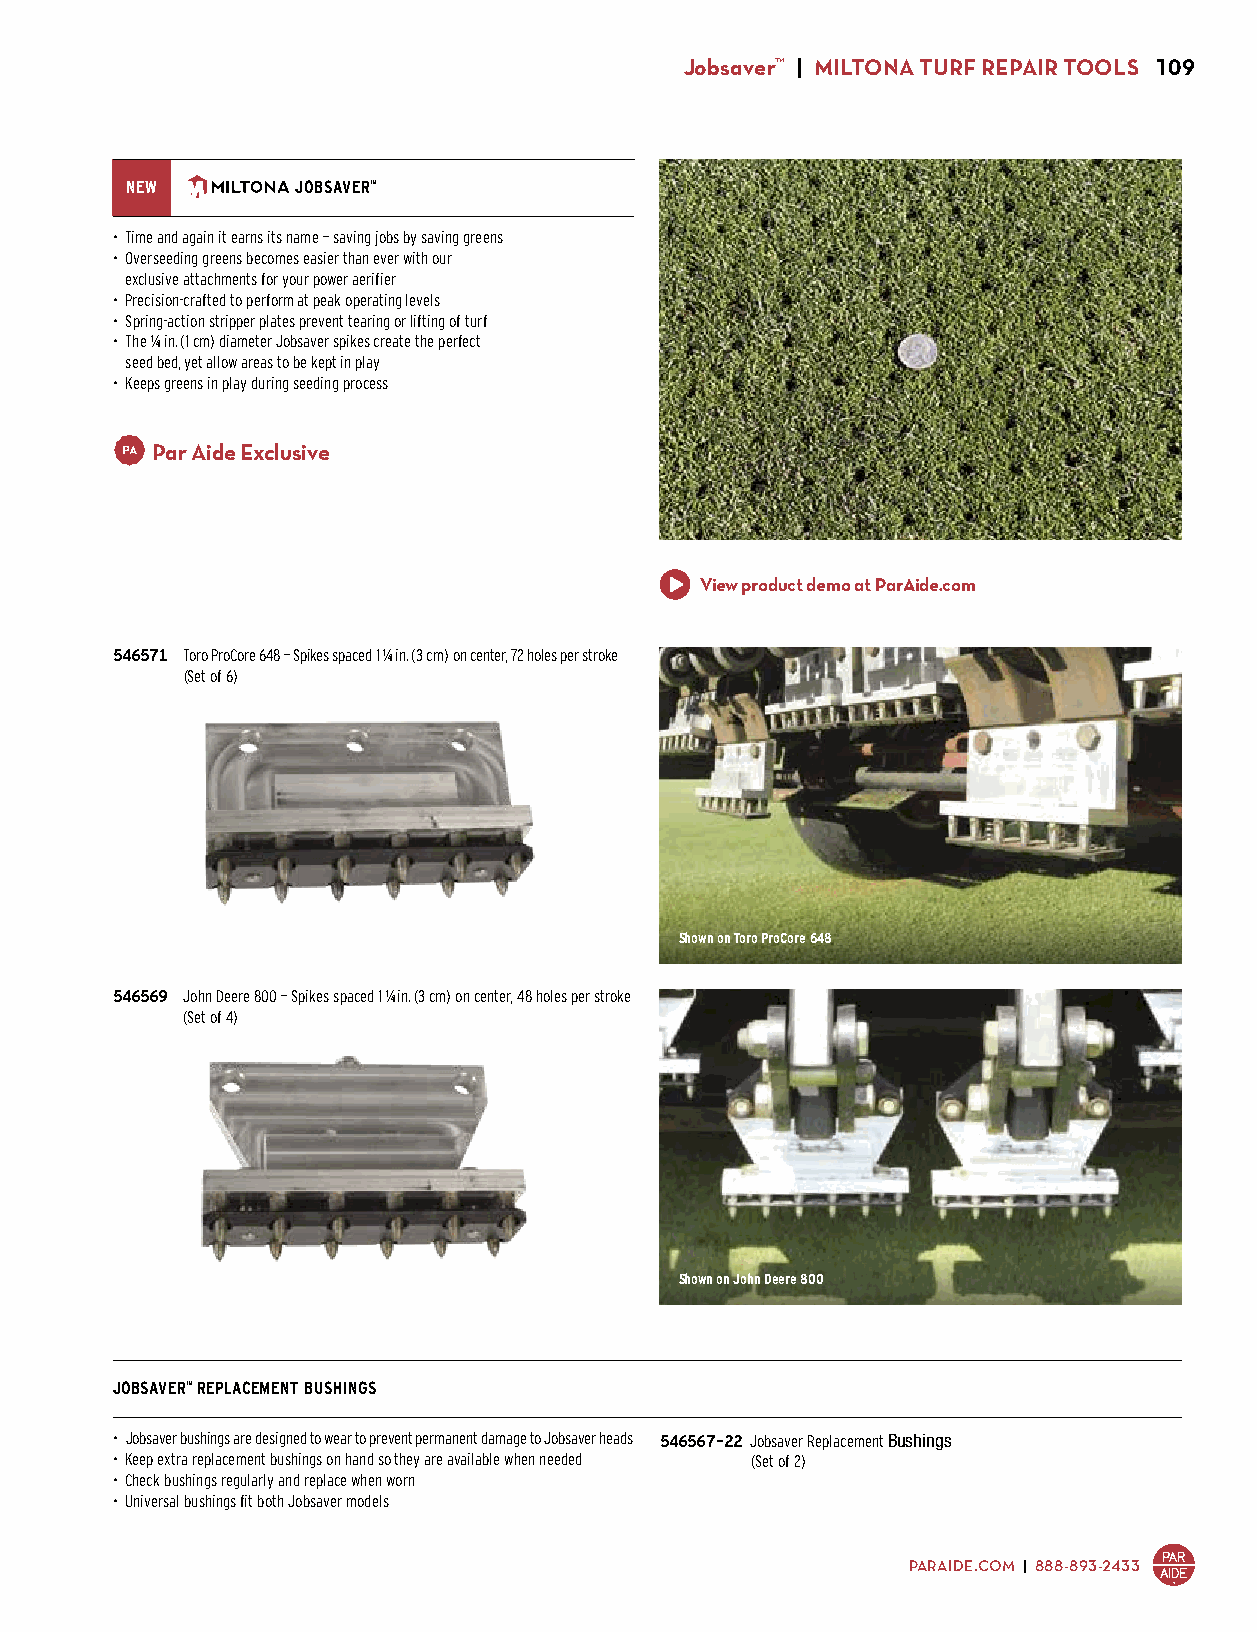
Jobsaver™ | MILTONA TURF REPAIR TOOLS 109
 NEW         JOBSAVER™
 • Time and again it earns its name — saving jobs by saving greens
 • Overseeding greens becomes easier than ever with our
 exclusive attachments for your power aerifier
 • Precision-crafted to perform at peak operating levels
 • Spring-action stripper plates prevent tearing or lifting of turf
 • The 1/4 in. (1 cm) diameter Jobsaver spikes create the perfect
 seed bed, yet allow areas to be kept in play
 • Keeps greens in play during seeding process
 Par Aide Exclusive
 View product demo at ParAide.com
 546571 Toro ProCore 648 — Spikes spaced 1 1/4 in. (3 cm) on center, 72 holes per stroke
 $1,299.00 (Set of 6)
 Shown on Toro ProCore 648
 546569 John Deere 800 — Spikes spaced 1 1/4 in. (3 cm) on center, 48 holes per stroke
 $899.00 (Set of 4)
 Shown on John Deere 800
 JOBSAVER™ REPLACEMENT BUSHINGS
 • Jobsaver bushings are designed to wear to prevent permanent damage to Jobsaver heads 546567-22 Jobsaver Replacement Bushings
 • Keep extra replacement bushings on hand so they are available when needed $10.50 (Set of 2)
 • Check bushings regularly and replace when worn
 • Universal bushings fit both Jobsaver models
 PARAIDE.COM | 888-893-2433